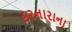
કરનારાના